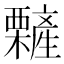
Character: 𣠁